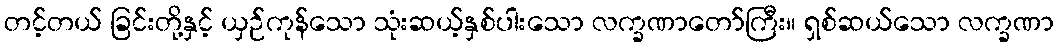
တင့်တယ် ခြင်းတို့နှင့် ယှဉ်ကုန်သော သုံးဆယ့်နှစ်ပါးသော လက္ခဏာတော်ကြီး။ ရှစ်ဆယ်သော လက္ခဏာ